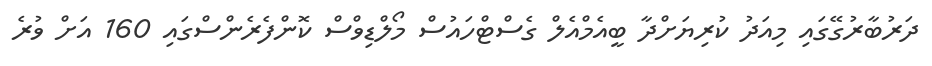
ދަރުބާރުގޭގައި މިއަދު ކުރިޔަށްދާ ބީއެމްއެލް ގެސްޓްހައުސް މޯލްޑިވްސް ކޮންފެރެންސްގައި 160 އަށް ވުރެ